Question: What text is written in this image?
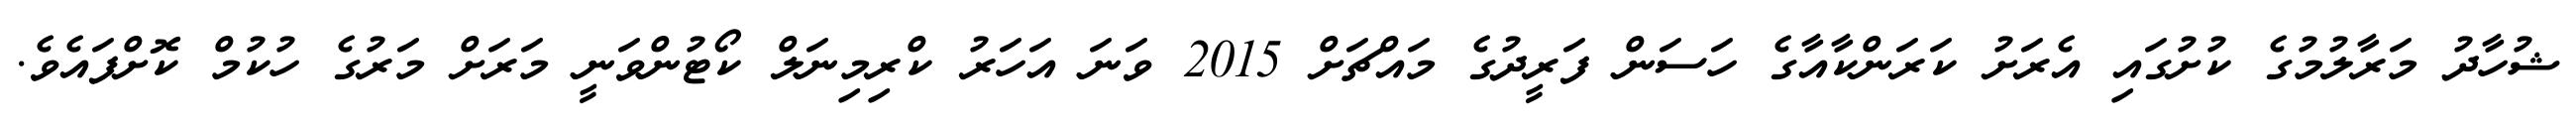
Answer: ޝުހާދު މަރާލުމުގެ ކުށުގައި އެރަށު ކަރަންކާއާގެ ހަސަން ފަރީދުގެ މައްޗަށް 2015 ވަނަ އަހަރު ކްރިމިނަލް ކޯޓުންވަނީ މަރަށް މަރުގެ ހުކުމް ކޮށްފައެވެ.